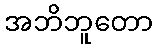
အဘိဘူတော